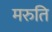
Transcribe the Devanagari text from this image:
मरुति